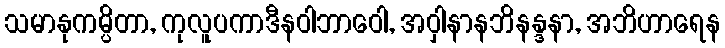
သမာနုကမ္ပိတာ, ကုလူပကာဒီနဝါဘာဝေါ, အဝှါနာနဘိနန္ဒနာ, အဘိဟာရေန